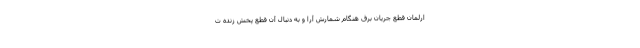
ارلمان قطع جریان برق هنگام شمارش آرا و به دنبال آن قطع پخش زنده ت